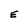
Character: E